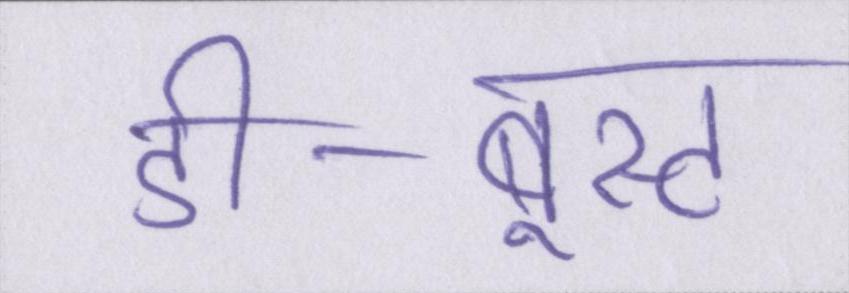
डी-बूस्ट